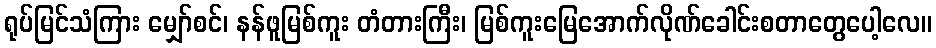
ရုပ်မြင်သံကြား မျှော်စင်၊ နန်ဖူမြစ်ကူး တံတားကြီး၊ မြစ်ကူးမြေအောက်လိုဏ်ခေါင်းစတာတွေပေါ့လေ။